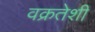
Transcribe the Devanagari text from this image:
वक्रतेशी